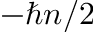
- \hbar n / 2